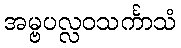
အမ္ဗပလ္လဝသင်္ကာသံ